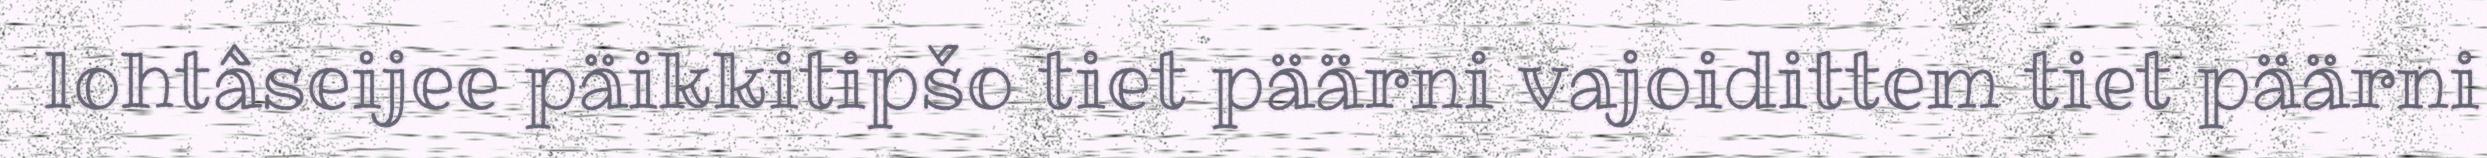
lohtâseijee päikkitipšo tiet päärni vajoidittem tiet päärni